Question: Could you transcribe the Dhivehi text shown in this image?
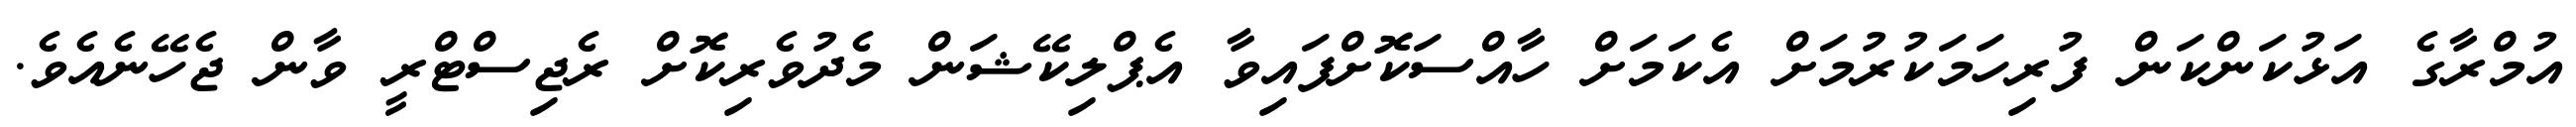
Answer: އުމްރާގެ އަޅުކަންކަން ފުރިހަމަކުރުމަށް އެކަމަށް ހާއްސަކޮށްފައިވާ އެޕްލިކޭޝަން މެދުވެރިކޮށް ރެޖިސްޓްރީ ވާން ޖެހޭނެއެވެ.